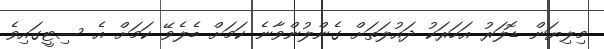
މިލިޔަން ޑޮލަރު އަހަރަކު ދައުލަތަށް ގެންލުންވާނެ ކަމަށް ބެލެވޭ ކަމަށް އެ ސިޓީގައިވެ